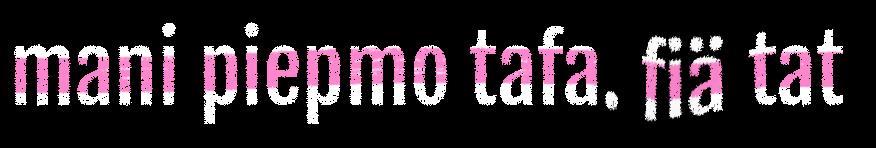
mani piepmo tafa. fiä tat